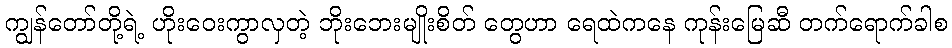
ကျွန်တော်တို့ရဲ့ ဟိုးဝေးကွာလှတဲ့ ဘိုးဘေးမျိုးစိတ် တွေဟာ ရေထဲကနေ ကုန်းမြေဆီ တက်ရောက်ခါစ